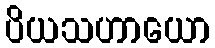
ပိယသဟာယော